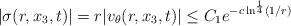
LaTeX: \begin{align*}|\sigma(r,x_3,t)|=r|v_\theta(r,x_3,t)|\leq C_1e^{-c\ln^\frac 14(1/r)}\end{align*}